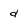
Character: d